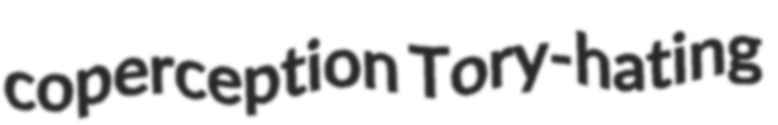
coperception Tory-hating